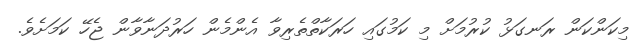
މިކަންކަން ރަނގަޅު ކުރުމަށް މި ކަމުގައި ހަރަކާތްތެރިވާ އެންމެން ހަރުދަނާވާން ޖެހޭ ކަމަށެވެ.